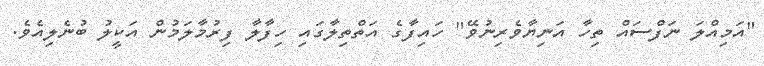
"އަމިއްލަ ނަފްސައް ތިހާ އަނިޔާވެރިނުވޭ" ހައިފާގެ އަތްތިލާގައި ހިފާލާ ފިރުމާލަމުން އަކީލު ބުނެލިއެވެ.